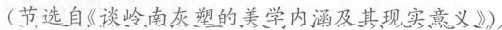
(节选自《谈岭南灰塑的美学内涵及其现实意义》)